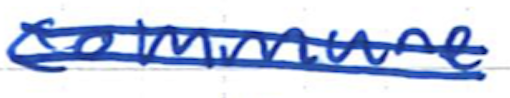
Text: commune
Cross-out: double-line
Writing tool: ballpoint